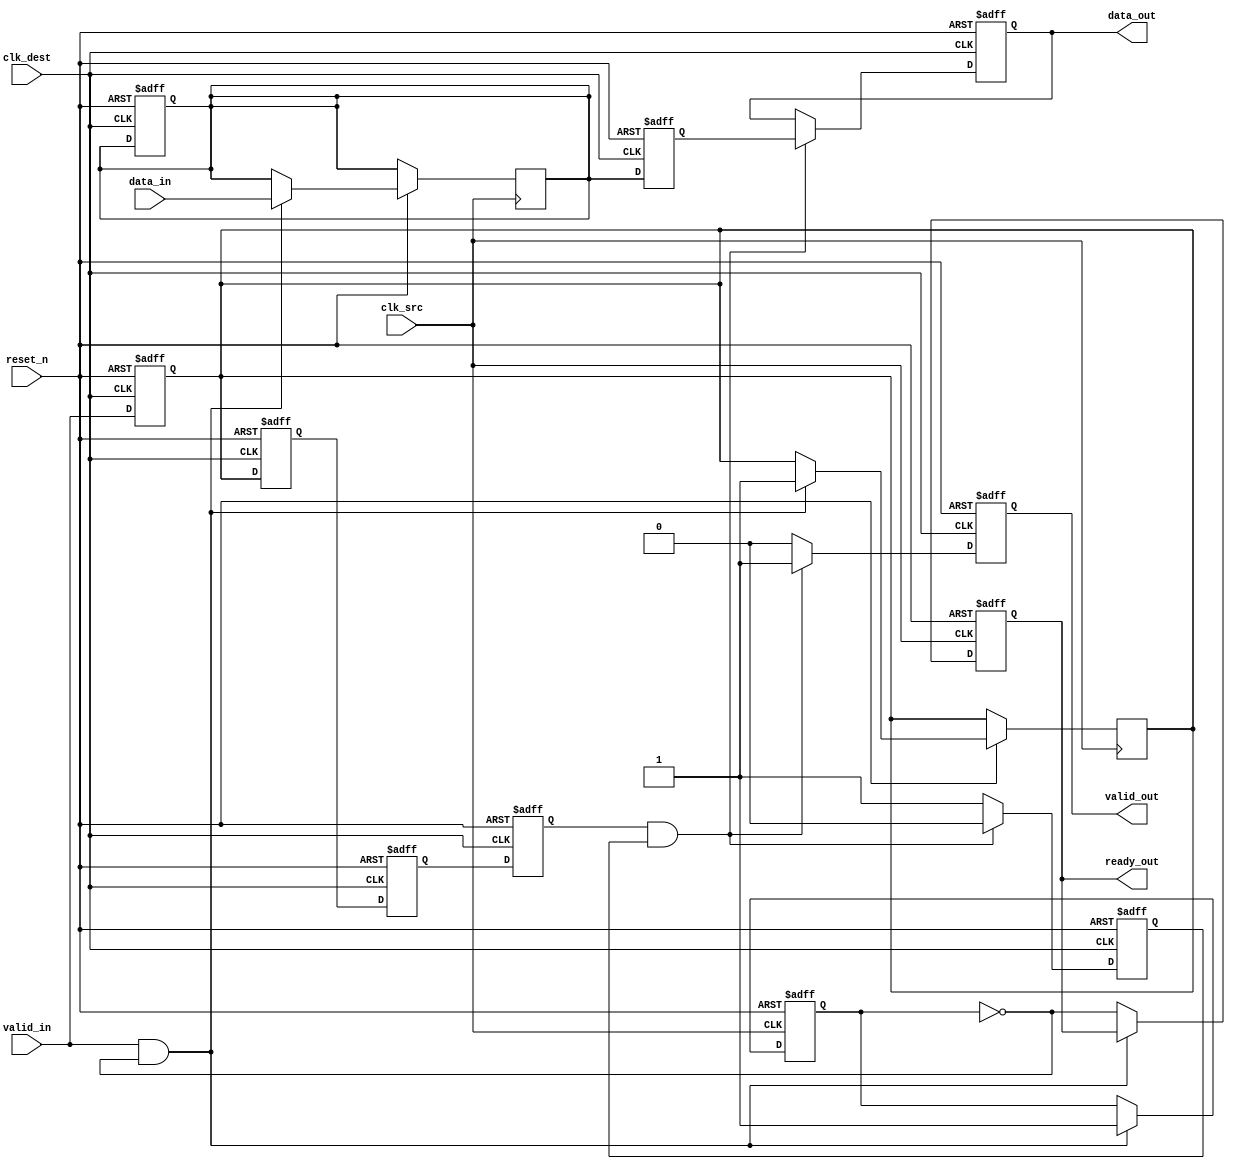
module memory_blocks_pipeline_synchronizer #(
    parameter DATA_WIDTH = 8,          // Width of the data
    parameter PIPELINE_STAGES = 2       // Number of pipeline stages
)(
    input wire clk_src,                 // Source clock
    input wire clk_dest,                // Destination clock
    input wire reset_n,                 // Active low reset
    input wire [DATA_WIDTH-1:0] data_in,// Data input from source clock domain
    input wire valid_in,                // Valid signal from source
    output reg ready_out,               // Ready signal to source
    output reg [DATA_WIDTH-1:0] data_out,// Data output to destination clock domain
    output reg valid_out                 // Valid signal to destination
);

    // Pipeline registers for data and valid signals
    reg [DATA_WIDTH-1:0] data_pipeline [0:PIPELINE_STAGES-1];
    reg valid_pipeline [0:PIPELINE_STAGES-1];

    // Synchronization logic for valid signal
    reg valid_sync1, valid_sync2;

    // Handshaking mechanism
    reg data_valid = 0;
    reg data_ready = 0;

    // Source clock domain
    always @(posedge clk_src or negedge reset_n) begin
        if (!reset_n) begin
            ready_out <= 1'b0;
            data_valid <= 1'b0;
        end else if (valid_in && !data_valid) begin
            data_pipeline[0] <= data_in;
            valid_pipeline[0] <= 1'b1;
            data_valid <= 1'b1; // Indicate that data is valid in the pipeline
        end else begin
            ready_out <= !data_valid; // Ready when no data is being processed
        end
    end

    // Pipeline stages to synchronize data
    generate
        genvar i;
        for (i = 0; i < PIPELINE_STAGES; i = i + 1) begin: pipeline_stages
            always @(posedge clk_dest or negedge reset_n) begin
                if (!reset_n) begin
                    data_pipeline[i] <= {DATA_WIDTH{1'b0}};
                    valid_pipeline[i] <= 1'b0;
                end else if (i == 0) begin
                    data_pipeline[i] <= data_pipeline[i]; // First stage takes data from source
                    valid_pipeline[i] <= valid_in;
                end else begin
                    data_pipeline[i] <= data_pipeline[i-1];
                    valid_pipeline[i] <= valid_pipeline[i-1];
                end
            end
        end
    endgenerate

    // Dual-flip-flop synchronizer for valid signal
    always @(posedge clk_dest or negedge reset_n) begin
        if (!reset_n) begin
            valid_sync1 <= 1'b0;
            valid_sync2 <= 1'b0;
        end else begin
            valid_sync1 <= valid_pipeline[PIPELINE_STAGES-1];
            valid_sync2 <= valid_sync1;
        end
    end

    // Output logic
    always @(posedge clk_dest or negedge reset_n) begin
        if (!reset_n) begin
            data_out <= {DATA_WIDTH{1'b0}};
            valid_out <= 1'b0;
            data_ready <= 1'b0;
        end else if (valid_sync2 && data_ready) begin
            data_out <= data_pipeline[PIPELINE_STAGES-1];
            valid_out <= 1'b1;
            data_ready <= 1'b0; // Reset ready flag after data is consumed
        end else if (!data_ready) begin
            data_ready <= 1'b1; // Set ready flag when data is available
            valid_out <= 1'b0; // Clear valid output until data is consumed
        end else begin
            valid_out <= 1'b0; // Clear valid output if not ready
        end
    end

endmodule